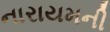
નારાયમની